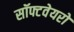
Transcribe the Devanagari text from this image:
सॉफ्टवेयरो